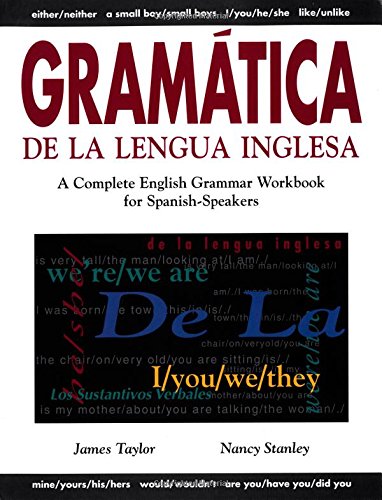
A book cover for Gramatica De La Lengua Inglesa : A Complete English Grammar Workbook for Spanish Speakers; James Taylor; Reference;